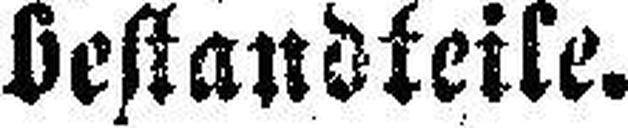
bestandteile.